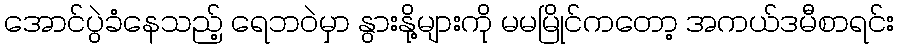
အောင်ပွဲခံနေသည့် ရေဘဝဲမှာ နွားနို့များကို မမမြိုင်ကတော့ အကယ်ဒမီစာရင်း